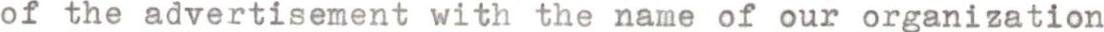
of the advertisement with the name of our organization